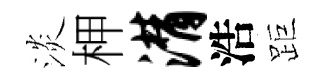
淡柙潸浩距